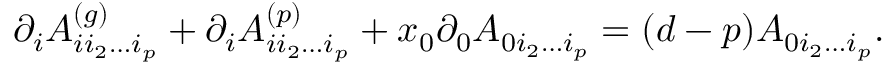
\partial _ { i } A _ { i i _ { 2 } \ldots i _ { p } } ^ { ( g ) } + \partial _ { i } A _ { i i _ { 2 } \ldots i _ { p } } ^ { ( p ) } + x _ { 0 } \partial _ { 0 } A _ { 0 i _ { 2 } \ldots i _ { p } } = ( d - p ) A _ { 0 i _ { 2 } \ldots i _ { p } } .